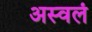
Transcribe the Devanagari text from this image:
अस्वलं